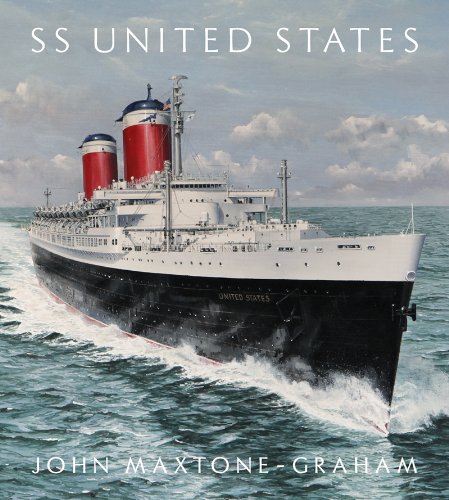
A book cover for SS United States: Red, White, & Blue Riband, Forever; John Maxtone-Graham; Engineering & Transportation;